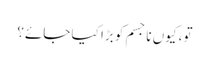
تو، کیوں نا جسم کو بڑا کیا جائے؟